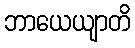
ဘာယေယျာတိ